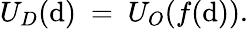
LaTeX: U_{D}(\mathrm{d})\ =\ U_{O}(f(\mathrm{d})).